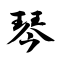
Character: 琴